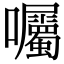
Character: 囑